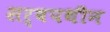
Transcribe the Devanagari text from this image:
सर्वपथीन